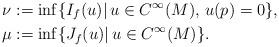
LaTeX: \begin{align*}\nu&:=\inf\{I_f(u)|\,u \in C^{\infty}(M),\, u(p)= 0\},\\\mu&:=\inf\{J_f(u)|\,u\in C^{\infty}(M)\}.\end{align*}